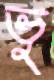
ভু